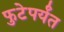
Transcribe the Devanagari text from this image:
फुटेपर्यंत